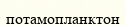
потамопланктон